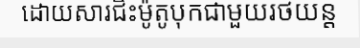
ដោយសារជិះម៉ូតូបុកជាមួយរថយន្ត